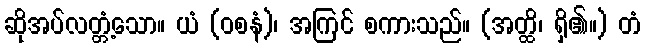
ဆိုအပ်လတ္တံ့သော။ ယံ (ဝစနံ)၊ အကြင် စကားသည်။ (အတ္ထိ၊ ရှိ၏။) တံ